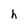
Character: h